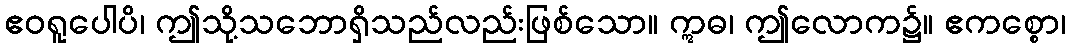
ဧဝရူပေါပိ၊ ဤသို့သဘောရှိသည်လည်းဖြစ်သော။ ဣဓ၊ ဤလောက၌။ ဧကစ္စော၊